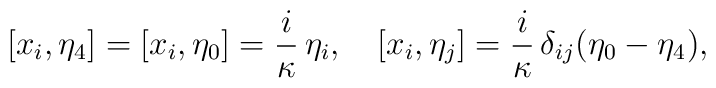
[x_i, \eta_4] = [x_i, \eta_0] =\frac{i}\kappa\, \eta_i, \quad [x_i, \eta_j] = \frac{i}\kappa\,\delta_{ij}(\eta_0 - \eta_4),